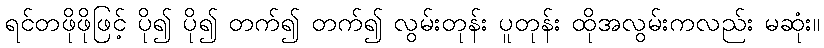
ရင်တဖိုဖိုဖြင့် ပို၍ ပို၍ တက်၍ တက်၍ လွမ်းတုန်း ပူတုန်း ထိုအလွမ်းကလည်း မဆုံး။